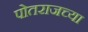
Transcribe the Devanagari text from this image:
पोतराजच्या